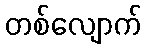
တစ်လျောက်